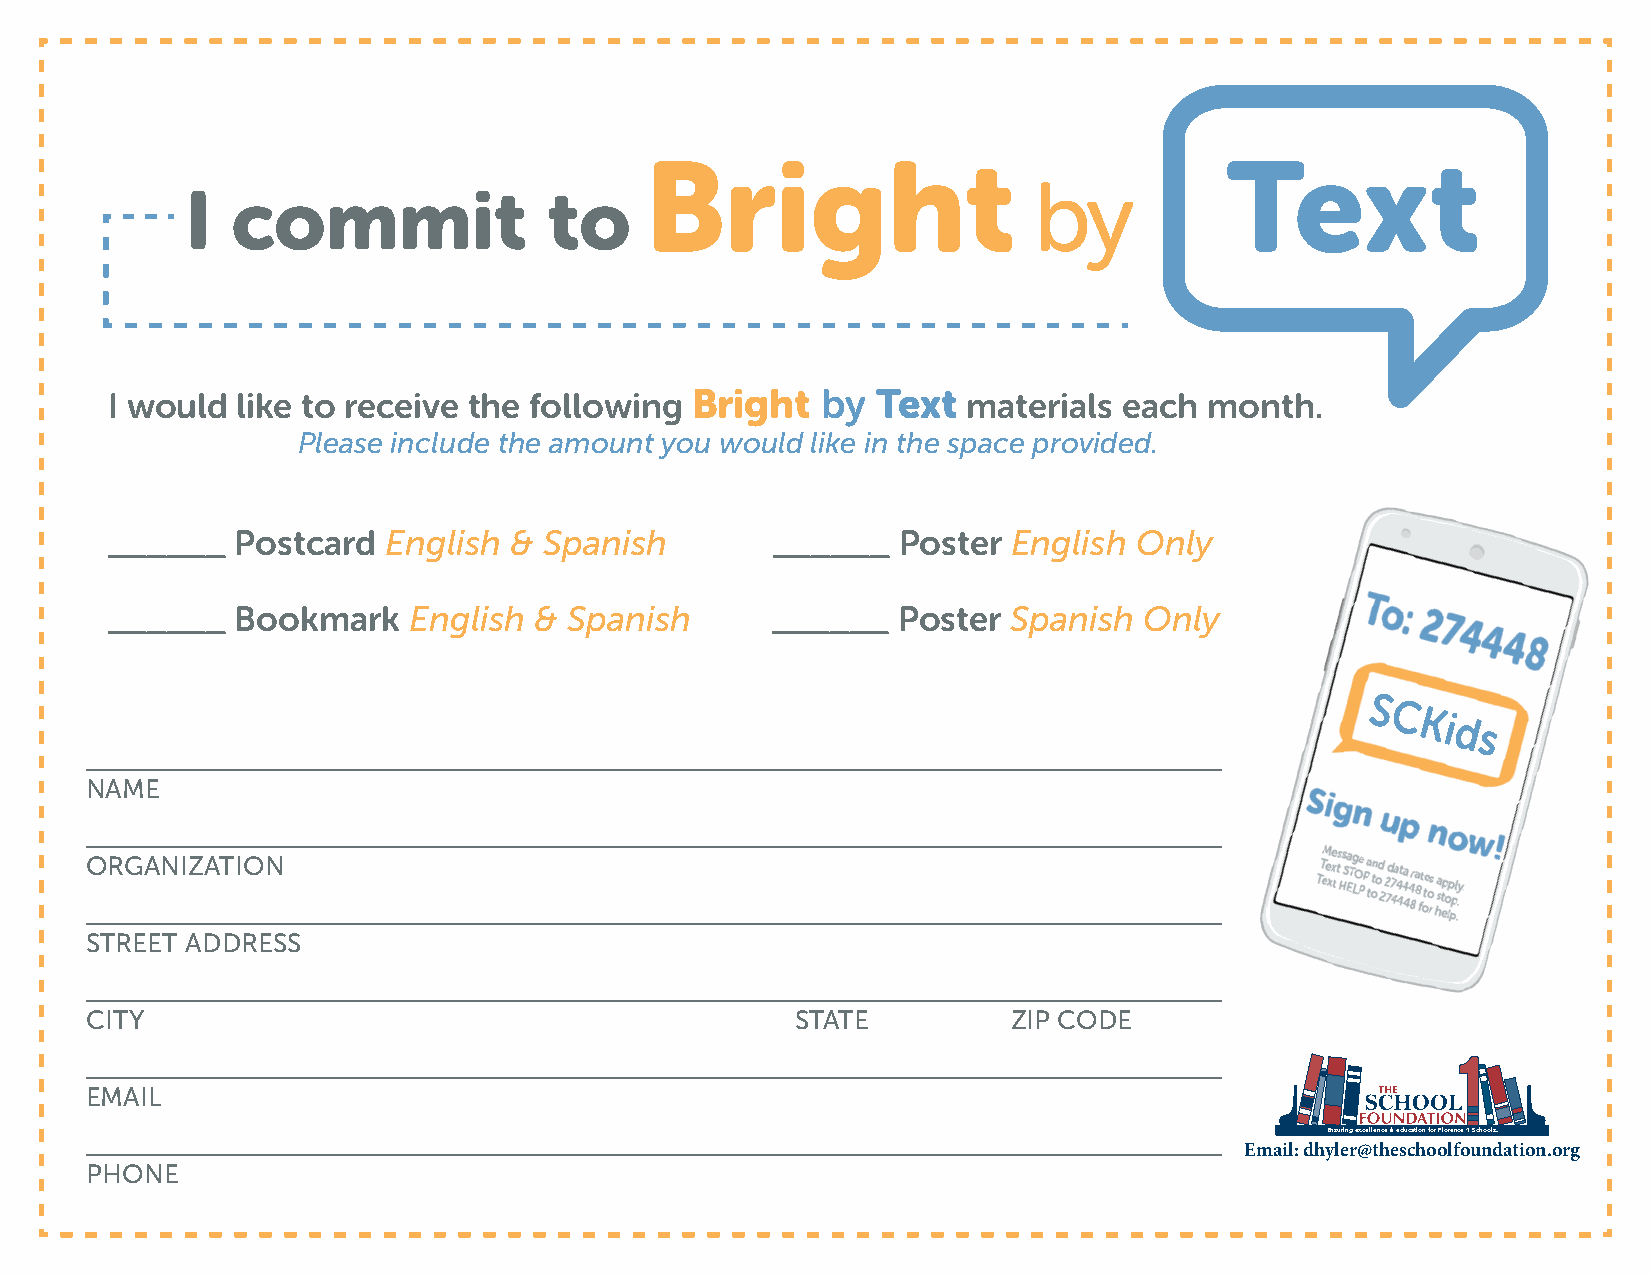
I  commit               to
 I would  like to receive the following Bright  by  Text  materials each  month.
 Please include the amount you would like in the space provided.
 ______   Postcard English  & Spanish        ______   Poster English Only
 ______   Bookmark   English &  Spanish      ______  Poster  Spanish  Only
 S
 C
 Ki
 ds
 ________________________________________________________________________
 NAME
 ________________________________________________________________________
 ORGANIZATION
 ________________________________________________________________________
 STREET ADDRESS
 ________________________________________________________________________
 CITY                                           STATE         ZIP CODE
 ________________________________________________________________________
 EMAIL
 ________________________________________________________________________          Ensuring excellence in education for Florence 1 Schools.
 Email: dhyler@theschoolfoundation.org
 PHONE